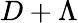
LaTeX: D+\Lambda